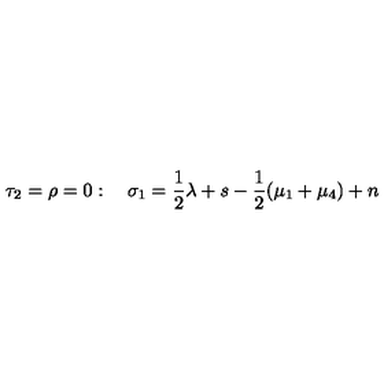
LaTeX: \tau _ { 2 } = \rho = 0 : \quad \sigma _ { 1 } = \frac { 1 } { 2 } \lambda + s - \frac { 1 } { 2 } ( \mu _ { 1 } + \mu _ { 4 } ) + n